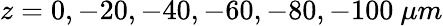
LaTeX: z=0,-20,-40,-60,-80,-100\ \mu m